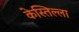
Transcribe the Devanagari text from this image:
केस्तिल्ला